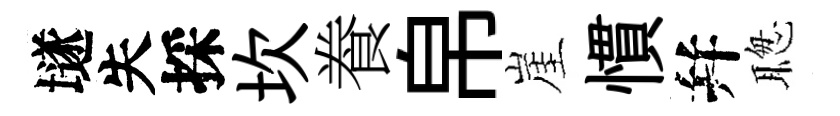
𡑞失採坎飬帛崖慣幷聦